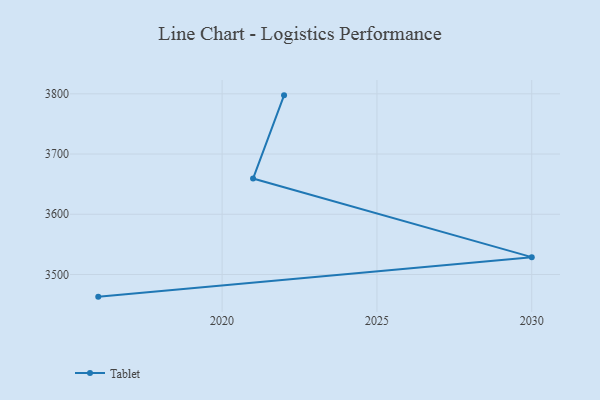
{"axis": {"x": "Year", "y": "Backlog"}, "legend": ["Tablet"], "data": [{"x": "2022", "y": 3797.5, "type": "Tablet"}, {"x": "2021", "y": 3659.3, "type": "Tablet"}, {"x": "2030", "y": 3528.8, "type": "Tablet"}, {"x": "2016", "y": 3463.2, "type": "Tablet"}]}